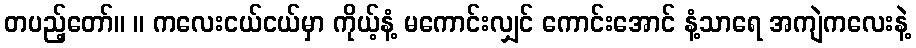
တပည့်တော်။ ။ ကလေးငယ်ငယ်မှာ ကိုယ့်နံ့ မကောင်းလျှင် ကောင်းအောင် နံ့သာရေ အကျဲကလေးနဲ့